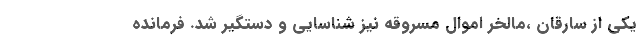
یکی از سارقان ،مالخر اموال مسروقه نیز شناسایی و دستگیر شد. فرمانده